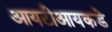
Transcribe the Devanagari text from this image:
आयटीआयकडे